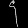
Digit: ၄